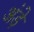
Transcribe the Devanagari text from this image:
अंड़े